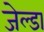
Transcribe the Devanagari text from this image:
जेल्डा